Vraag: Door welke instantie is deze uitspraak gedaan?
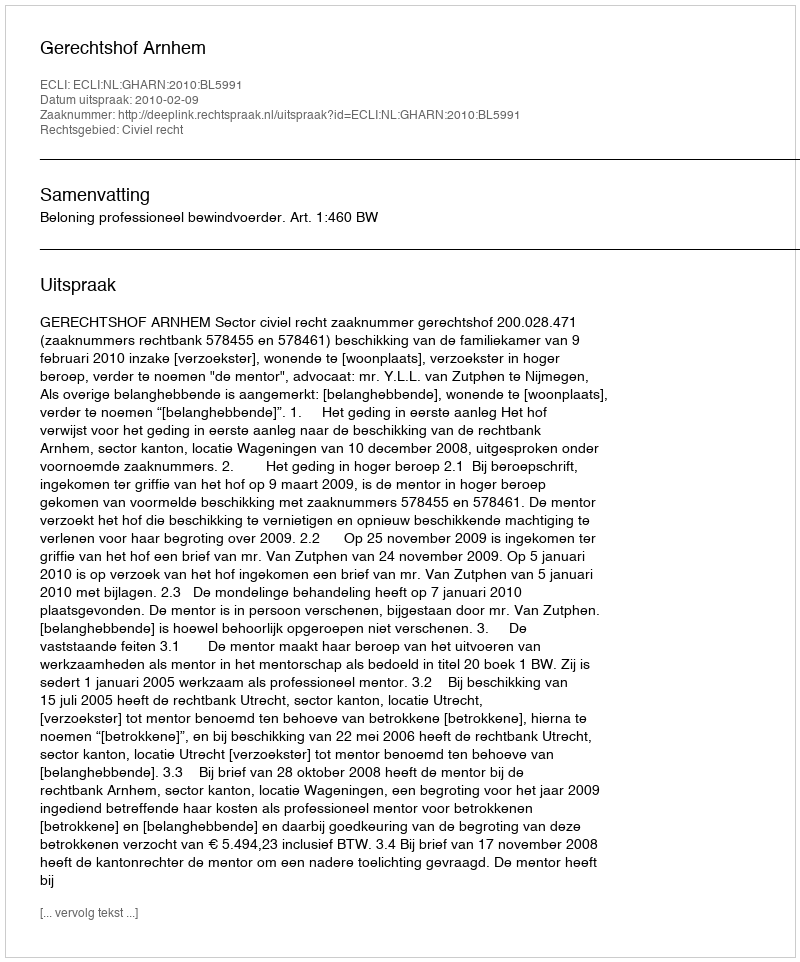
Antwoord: Gerechtshof Arnhem